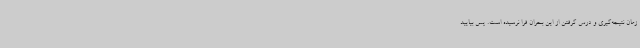
زمان نتیجه‌گیری و درس گرفتن از این بحران فرا نرسیده است. پس بیایید